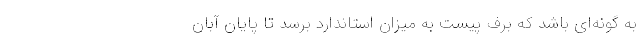
به گونه‌ای باشد که برف پیست به میزان استاندارد برسد تا پایان آبان